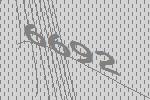
6692